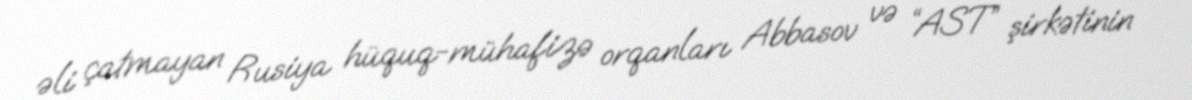
əli çatmayan Rusiya hüquq-mühafizə orqanları Abbasov və “AST” şirkətinin